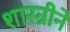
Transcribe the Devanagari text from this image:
शास्त्रीने